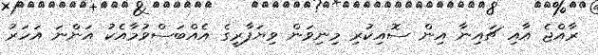
ރާއްޖެ އާއި ޗައިނާ އިން ސޮއިކުރި މިނިވަން ވިޔަފާރީގެ އެއްބަސްވުމާއެކު އަންނަ އަހަރު